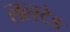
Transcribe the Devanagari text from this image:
लल्स्टेड